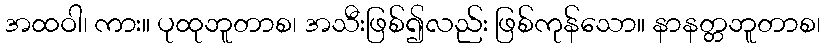
အထဝါ၊ ကား။ ပုထုဘူတာစ၊ အသီးဖြစ်၍လည်း ဖြစ်ကုန်သော။ နာနတ္တဘူတာစ၊